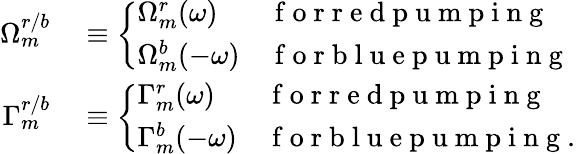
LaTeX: \begin{array}{rl}{\Omega_{m}^{r/b}}&{{}\equiv\left\{ \begin{array}{ll}{\Omega_{m}^{r}(\omega)}&{\mathrm{~f~o~r~r~e~d~p~u~m~p~i~n~g~}}\\ {\Omega_{m}^{b}(-\omega)}&{\mathrm{~f~o~r~b~l~u~e~p~u~m~p~i~n~g~}}\end{array}\right.}\\ {\Gamma_{m}^{r/b}}&{{}\equiv\left\{ \begin{array}{ll}{\Gamma_{m}^{r}(\omega)}&{\mathrm{~f~o~r~r~e~d~p~u~m~p~i~n~g~}}\\ {\Gamma_{m}^{b}(-\omega)}&{\mathrm{~f~o~r~b~l~u~e~p~u~m~p~i~n~g~.~}}\end{array}\right.}\end{array}